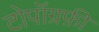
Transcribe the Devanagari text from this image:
टोपॉग्रफ़ी